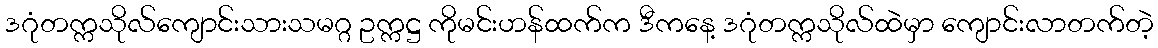
ဒဂုံတက္ကသိုလ်ကျောင်းသားသမဂ္ဂ ဥက္ကဋ္ဌ ကိုမင်းဟန်ထက်က ဒီကနေ့ ဒဂုံတက္ကသိုလ်ထဲမှာ ကျောင်းလာတက်တဲ့